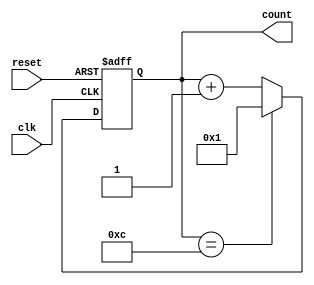
module mod12_counter(
    input  clk,
    input reset,
    output reg [3:0] count
);
    always @(posedge clk or posedge reset) 
    begin
        if (reset)
         begin
            count <= 4'd0;
         end 
        else 
          begin
            if (count == 4'd12)
                count <= 4'd1;
            else
                count <= count +1 ;
          end
    end
endmodule